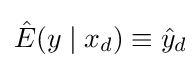
{\hat {E}}(y\mid x_{d})\equiv {\hat {y}}_{d}\!